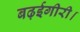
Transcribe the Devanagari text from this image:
बढ़ईगीरी।